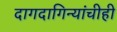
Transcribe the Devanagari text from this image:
दागदागिन्यांचीही